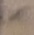
Text: -